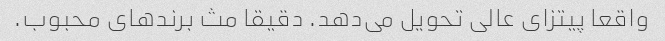
واقعا پیتزای عالی تحویل می‌دهد. دقیقا مث برند‌های محبوب.